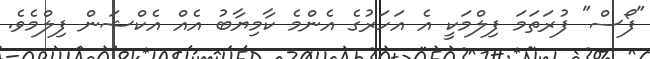
"ފޯސް" ފުރަތަމަ ފިލްމަކީ އެ އަހަރުގެ އެންމެ ކާމިޔާބު އެއް އެކްޝަން ފިލްމެވެ.